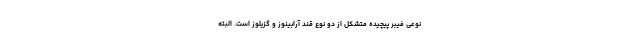
نوعی فیبر پیچیده متشکل از دو نوع قند آرابینوز و گزیلوز است. البته